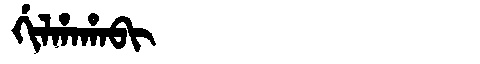
Manchu: ᡤᡳᠯᡥᠠᡥᠠᠪᡳ
Romanization: GILHAHABI